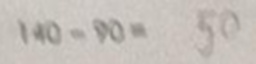
1 4 0 - 9 0 = 5 0